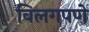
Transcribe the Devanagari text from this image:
विलगपणे